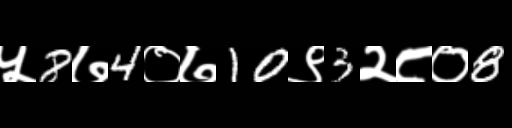
Text: ५8७4०७10९3२८०8